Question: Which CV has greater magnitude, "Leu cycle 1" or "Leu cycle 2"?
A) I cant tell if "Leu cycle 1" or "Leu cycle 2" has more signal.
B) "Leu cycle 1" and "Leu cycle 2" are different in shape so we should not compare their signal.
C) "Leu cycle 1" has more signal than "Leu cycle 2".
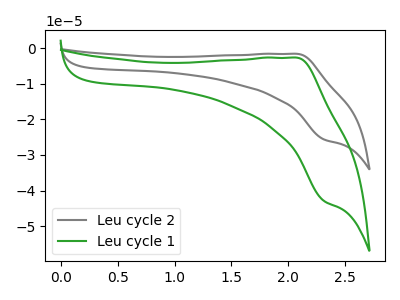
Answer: <think>The gray curve "Leu cycle 2" has an anodic peak at (2.05V, -1.60uA) and a cathodic peak at (2.30V, -25.65uA). The green curve "Leu cycle 1" has an anodic peak at (2.05V, -2.70uA) and a cathodic peak at (2.30V, -42.95uA).
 All the peaks in "Leu cycle 1" have a peak in "Leu cycle 2" at the same potential.</think>
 <answer>A) I cant tell if "Leu cycle 1" or "Leu cycle 2" has more signal.</answer>
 <eval>A</eval>